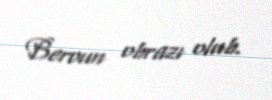
Beroun obrazı olub.